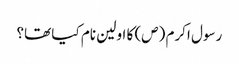
رسول اکرم (ص) کا اولین نام کیا تھا؟